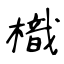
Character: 樴